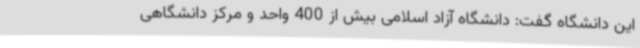
این دانشگاه گفت: دانشگاه آزاد اسلامی بیش از 400 واحد و مرکز دانشگاهی